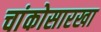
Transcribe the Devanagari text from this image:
चांकोसारखा